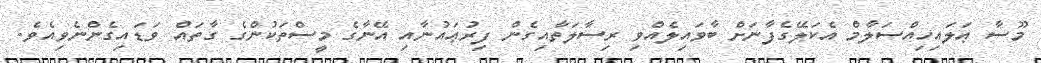
މޫސާ ޢަލައިހިއްސަލާމް އެކަލޭގެފާނަށް ބާވައިލެއްވި ރިސާލަތާއިގެން ފިރުޢައުނާއި އޭނާގެ މީސްތަކުންގެ ގާތައް ވަޑައިގެންނެވިއެވެ.